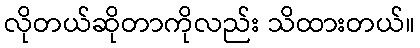
လိုတယ်ဆိုတာကိုလည်း သိထားတယ်။